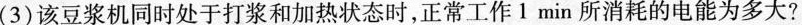
(3)该豆浆机同时处于打浆和加热状态时，正常工作1min所消耗的电能为多大?